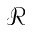
\mathcal { R }